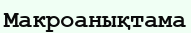
Макроанықтама